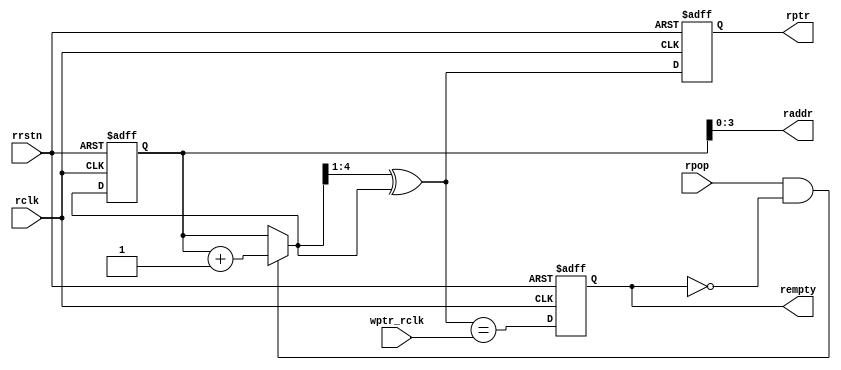
`timescale 1ns / 1ps
//////////////////////////////////////////////////////////////////////////////////
// Company: 
// Engineer: 
// 
// Design Name: 
// Module Name: re_control
// Project Name: 
// Target Devices: 
// Tool Versions: 
// Description: 
// 
// Dependencies: 
// 
// Revision:
// Revision 0.01 - File Created
// Additional Comments:
// 
//////////////////////////////////////////////////////////////////////////////////


module re_control #(parameter ADDRWIDTH = 4)
(
    rclk,
    rrstn,
    rpop,
    wptr_rclk,
    raddr,
    rptr,
    rempty
);

input   wire                    rclk;
input   wire                    rrstn;
input   wire                    rpop;
input   wire    [ADDRWIDTH:0]   wptr_rclk;

output  wire    [ADDRWIDTH-1:0]  raddr;
output  reg     [ADDRWIDTH:0]    rptr;
output  reg                     rempty;

reg             [ADDRWIDTH:0]    rbin;
wire            [ADDRWIDTH:0]    rbin_tmp;
wire            [ADDRWIDTH:0]    rgray_tmp;
wire                            rempty_tmp;

//////////////////////////////////////////////////////////////////////////////////
//ctrl
//////////////////////////////////////////////////////////////////////////////////
assign  raddr = rbin[ADDRWIDTH-1:0];
assign  rbin_tmp = (rpop & ~rempty) ? rbin + 1'b1 : rbin;
//bin2gray
assign  rgray_tmp = (rbin_tmp >> 1) ^ rbin_tmp;
//empty
assign  rempty_tmp = rgray_tmp == wptr_rclk;

//////////////////////////////////////////////////////////////////////////////////
//reg
//////////////////////////////////////////////////////////////////////////////////
always @(posedge rclk or negedge rrstn) begin
    if(!rrstn) begin
        rptr    <= 'd0;
        rempty  <= 1'b1;
        rbin    <= 'd0;
    end
    else begin
        rptr    <= rgray_tmp;
        rempty  <= rempty_tmp;
        rbin    <= rbin_tmp;
    end
end

endmodule